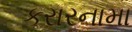
કરારનામા